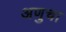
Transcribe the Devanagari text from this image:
अणुचा